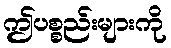
ဤပစ္စည်းများကို